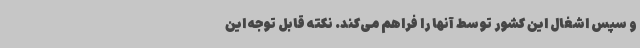
و سپس اشغال این کشور توسط آنها را فراهم می‌کند. نکته قابل توجه این